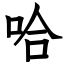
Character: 哈